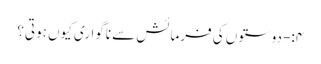
۴:- دوستوں کی فرمائش سے ناگواری کیوں ہوتی؟